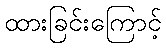
ထားခြင်းကြောင့်